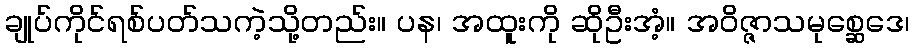
ချုပ်ကိုင်ရစ်ပတ်သကဲ့သို့တည်း။ ပန၊ အထူးကို ဆိုဦးအံ့။ အဝိဇ္ဇာသမုစ္ဆေဒေ၊